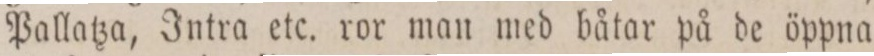
Pallatza, Intra etc. ror man med båtar på de öppna